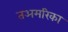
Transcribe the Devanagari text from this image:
तअमरिका